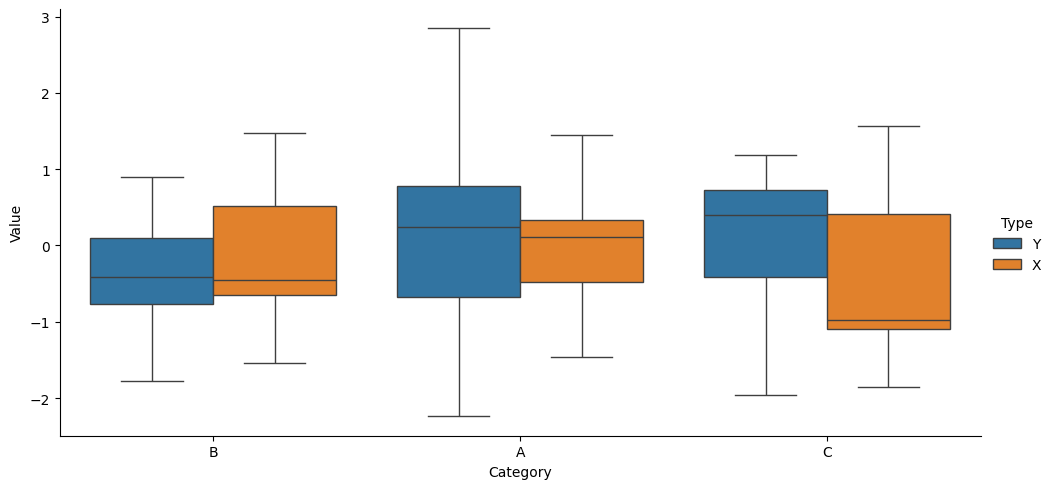
python, seaborn, catplot, kind='box', height=5, aspect=2